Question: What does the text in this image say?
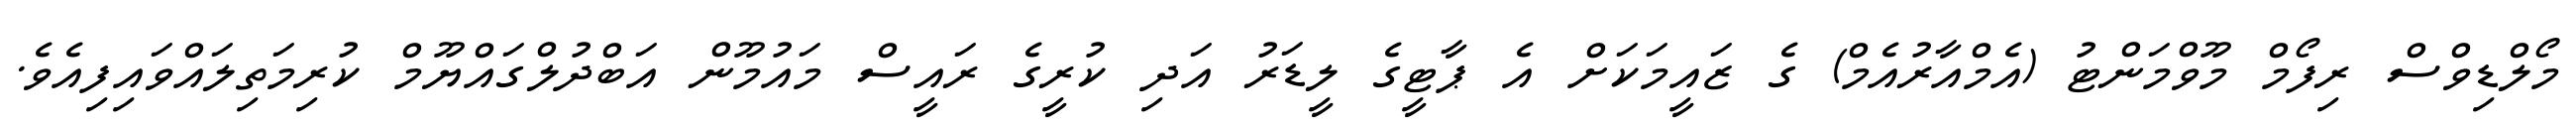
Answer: މޯލްޑިވްސް ރިފޯމް މޫވްމަންޓު (އެމްއާރުއެމް) ގެ ޒައީމަކަށް އެ ޕާޓީގެ ލީޑަރު އަދި ކުރީގެ ރައީސް މައުމޫން އަބްދުލްގައްޔޫމް ކުރިމަތިލައްވައިފިއެވެ.